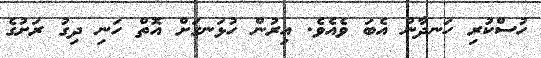
ހުސްކުރި ހަނދާން އެބަ ވެއެވެ. އިރުން ހުޅަނގަށް އޮތް ހަނި ދިގު ރަށުގެ